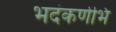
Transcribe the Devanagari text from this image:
भदंकर्णेभि